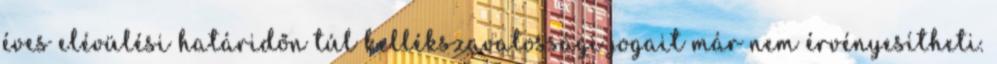
éves elévülési határidőn túl kellékszavatossági jogait már nem érvényesítheti.